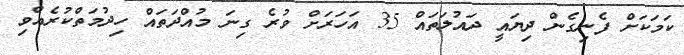
ކަމަކަށް ފެނިގެން ދިޔައީ ދައުލަތައް 35 އަހަރަށް ވުރެ ގިނަ މުއްދަތައް ހިދުމަތްކުރެއްވި